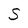
Character: S